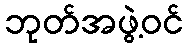
ဘုတ်အဖွဲ့ဝင်